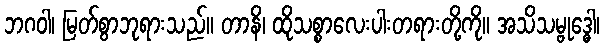
ဘဂဝါ၊ မြတ်စွာဘုရားသည်။ တာနိ၊ ထိုသစ္စာလေးပါးတရားတို့ကို။ အသိသမ္ဗုဒ္ဓေါ၊